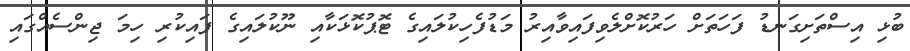
ބުޅި އިސްތަށިގަނޑު ފަހަތަށް ހަރުކޮށްލެވިފައިވާއިރު މަޑުފެހިކުލައިގެ ޓޮޕުކޮޅަކާއި ނޫކުލައިގެ ފައިކުރި ހިމަ ޖިންސެއްގައި